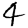
Digit: 4